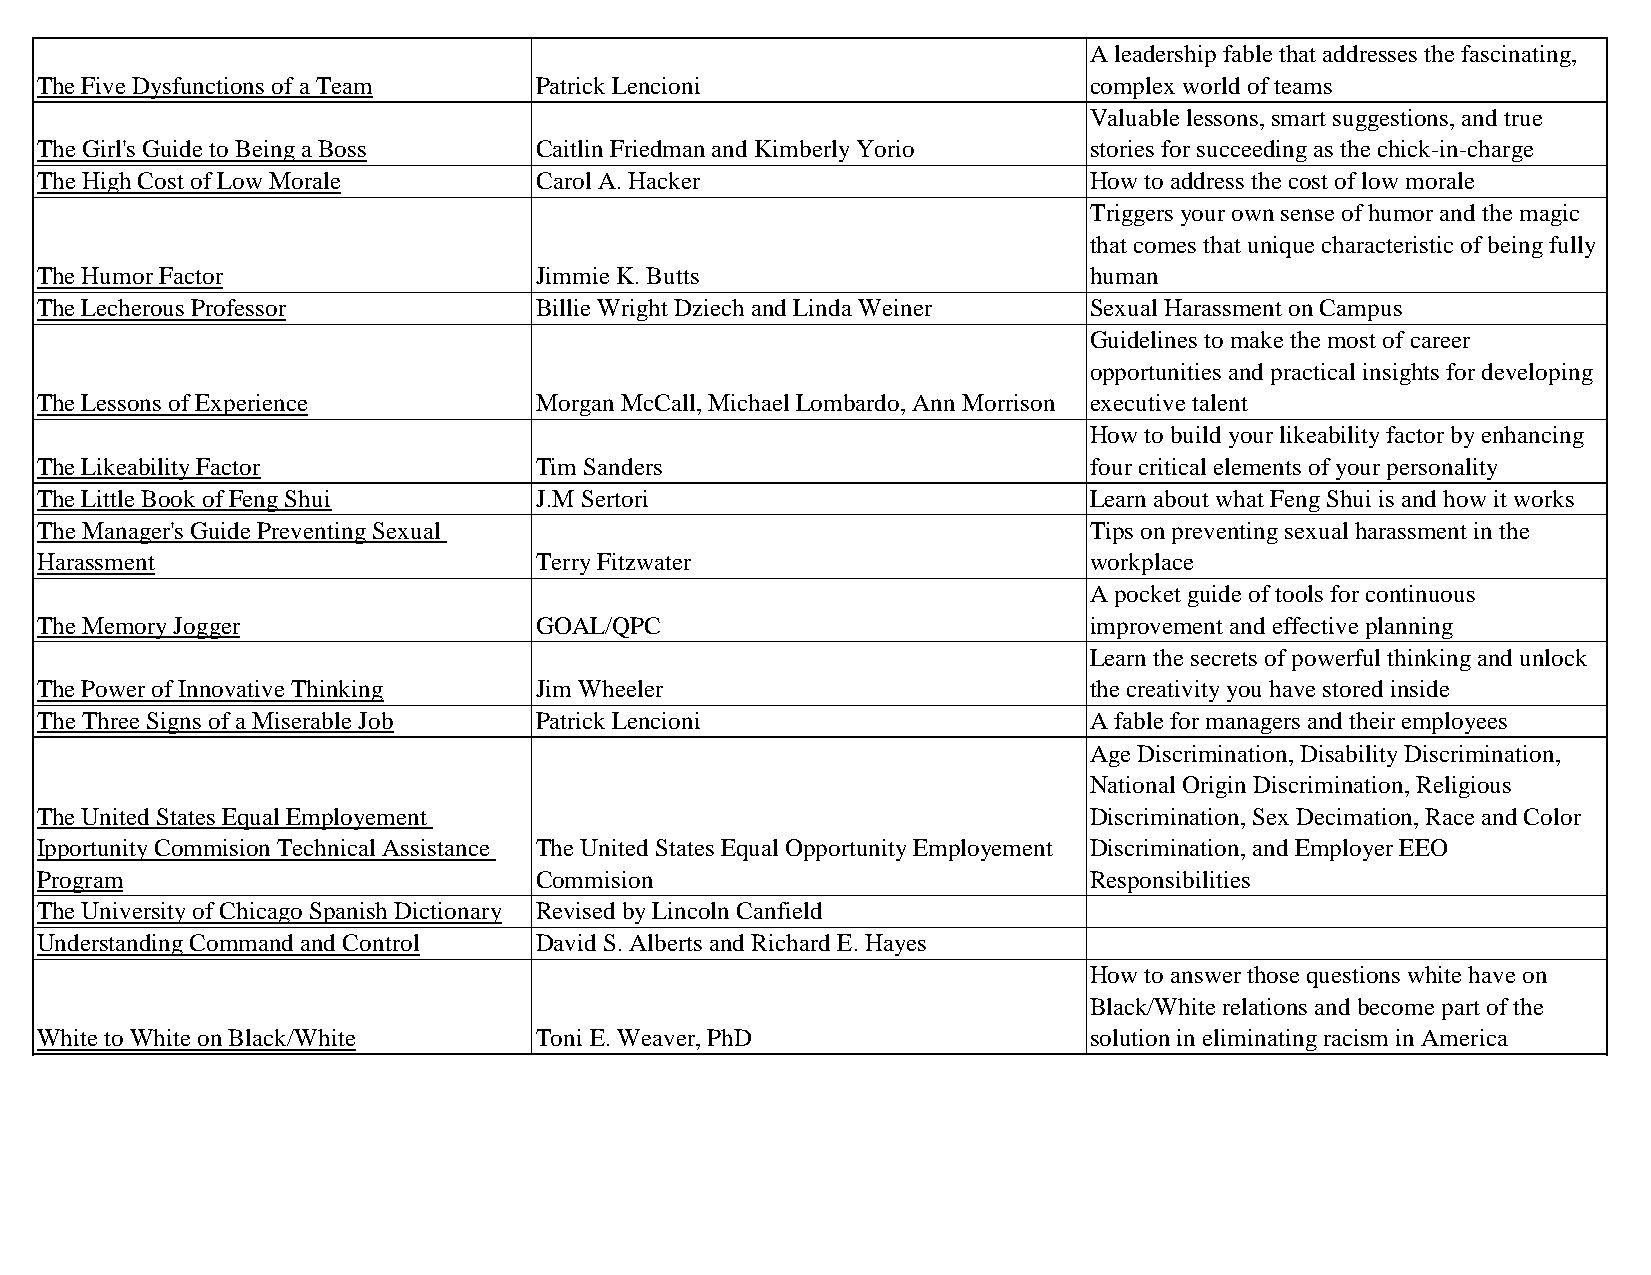
A leadership fable that addresses the fascinating,
 The Five Dysfunctions of a Team  Patrick Lencioni                     complex world of teams
 Valuable lessons, smart suggestions, and true
 The Girl's Guide to Being a Boss Caitlin Friedman and Kimberly Yorio  stories for succeeding as the chick-in-charge
 The High Cost of Low Morale      Carol A. Hacker                      How to address the cost of low morale
 Triggers your own sense of humor and the magic
 that comes that unique characteristic of being fully
 The Humor Factor                 Jimmie K. Butts                      human
 The Lecherous Professor          Billie Wright Dziech and Linda Weiner Sexual Harassment on Campus
 Guidelines to make the most of career
 opportunities and practical insights for developing
 The Lessons of Experience        Morgan McCall, Michael Lombardo, Ann Morrison executive talent
 How to build your likeability factor by enhancing
 The Likeability Factor           Tim Sanders                          four critical elements of your personality
 The Little Book of Feng Shui     J.M Sertori                          Learn about what Feng Shui is and how it works
 The Manager's Guide Preventing Sexual                                 Tips on preventing sexual harassment in the
 Harassment                       Terry Fitzwater                      workplace
 A pocket guide of tools for continuous
 The Memory Jogger                GOAL/QPC                             improvement and effective planning
 Learn the secrets of powerful thinking and unlock
 The Power of Innovative Thinking Jim Wheeler                          the creativity you have stored inside
 The Three Signs of a Miserable Job Patrick Lencioni                   A fable for managers and their employees
 Age Discrimination, Disability Discrimination,
 National Origin Discrimination, Religious
 The United States Equal Employement                                   Discrimination, Sex Decimation, Race and Color
 Ipportunity Commision Technical Assistance The United States Equal Opportunity Employement Discrimination, and Employer EEO
 Program                          Commision                            Responsibilities
 The University of Chicago Spanish Dictionary Revised by Lincoln Canfield
 Understanding Command and Control David S. Alberts and Richard E. Hayes
 How to answer those questions white have on
 Black/White relations and become part of the
 White to White on Black/White    Toni E. Weaver, PhD                  solution in eliminating racism in America